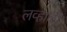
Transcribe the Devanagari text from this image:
लव्हाळी